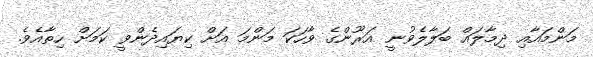
މަންމައާއި ދިމާލައް ބަލާލެވުނީ އަރޫންގެ ވާހަކަ މަންމަ އަށް ކިޔައިދެންވީ ކަމަށް ހިތާއެވެ.